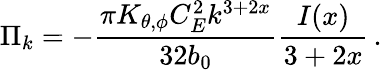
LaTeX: \Pi_{k}=-\frac{\pi K_{\theta,\phi}C_{E}^{2}k^{3+2x}}{32b_{0}}\frac{I(x)}{3+2x}\, .